Standards of the constituents of the urine and blood and the bearing of the metabolism of Bengalis on the problems of nutrition - Number 34
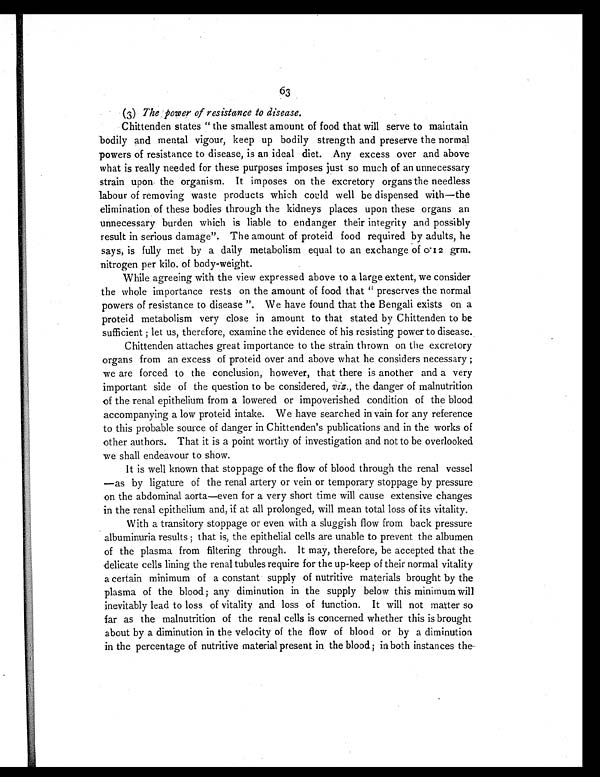
63
(3) The power of resistance to disease.
Chittenden states "the smallest amount of food that will serve to maintain
bodily and mental vigour, keep up bodily strength and preserve the normal
powers of resistance to disease, is an ideal diet. Any excess over and above
what is really needed for these purposes imposes just so much of an unnecessary
strain upon the organism. It imposes on the excretory organs the needless
labour of removing waste products which could well be dispensed with—the
elimination of these bodies through the kidneys places upon these organs an
unnecessary burden which is liable to endanger their integrity and possibly
result in serious damage". The amount of proteid food required by adults, he
says, is fully met by a daily metabolism equal to an exchange of 0.12 grm.
nitrogen per kilo. of body-weight.
While agreeing with the view expressed above to a large extent, we consider
the whole importance rests on the amount of food that "preserves the normal
powers of resistance to disease". We have found that the Bengali exists on a
proteid metabolism very close in amount to that stated by Chittenden to be
sufficient ; let us, therefore, examine the evidence of his resisting power to disease.
Chittenden attaches great importance to the strain thrown on the excretory
organs from an excess of proteid over and above what he considers necessary;
we are forced to the conclusion, however, that there is another and a very
important side of the question to be considered, viz., the danger of malnutrition
of the renal epithelium from a lowered or impoverished condition of the blood
accompanying a low proteid intake. We have searched in vain for any reference
to this probable source of danger in Chittenden's publications and in the works of
other authors. That it is a point worthy of investigation and not to be overlooked
we shall endeavour to show.
It is well known that stoppage of the flow of blood through the renal vessel
—as by ligature of the renal artery or vein or temporary stoppage by pressure
on the abdominal aorta—even for a very short time will cause extensive changes
in the renal epithelium and, if at all prolonged, will mean total loss of its vitality.
With a transitory stoppage or even with a sluggish flow from back pressure
albuminuria results; that is, the epithelial cells are unable to prevent the albumen
of the plasma from filtering through. It may, therefore, be accepted that the
delicate cells lining the renal tubules require for the up-keep of their normal vitality
a certain minimum of a constant supply of nutritive materials brought by the
plasma of the blood; any diminution in the supply below this minimum will
inevitably lead to loss of vitality and loss of function. It will not matter so
far as the malnutrition of the renal cells is concerned whether this is brought
about by a diminution in the velocity of the flow of blood or by a diminution
in the percentage of nutritive material present in the blood ; in both instances the-